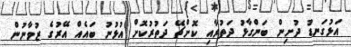
އަޅުގަނޑު ދުށިން ބަންގާޅު ދަތުރާއި ކޮށްޗޭ ދަަތުރުކޮށް އުޅުނު ބައެއް އޭރުގެ ޒުވާނުން